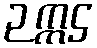
ဉက္ကဌ